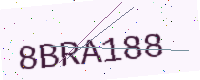
Text: 8BRA188